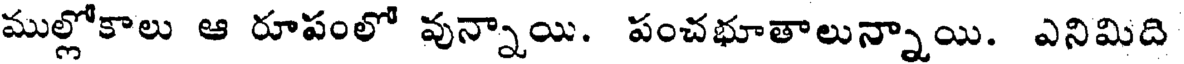
ముల్లోకాలు ఆ రూపంలో వున్నాయి. పంచభూతాలున్నాయి. ఎనిమిది